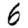
Digit: 6